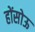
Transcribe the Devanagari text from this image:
होंसोऊ